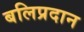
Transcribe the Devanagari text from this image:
बलिप्रदान